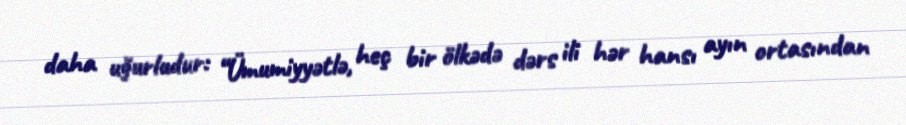
daha uğurludur: “Ümumiyyətlə, heç bir ölkədə dərs ili hər hansı ayın ortasından